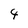
Character: 4